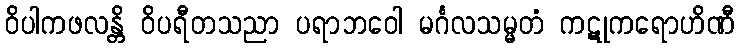
ဝိပါကဖလန္တိ ဝိပရီတသညာ ပရာဘဝေါ မင်္ဂလသမ္မတံ ကဋုကရောဟိဏီ